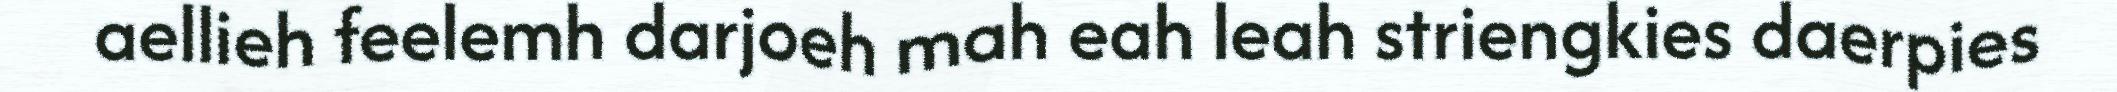
aellieh feelemh darjoeh mah eah leah striengkies daerpies